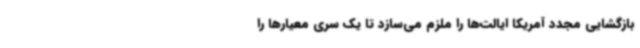
بازگشایی مجدد آمریکا ایالت‌ها را ملزم می‌سازد تا یک سری معیارها را